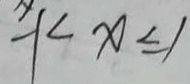
- 1 < x \leq 1